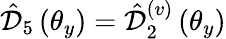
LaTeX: \hat{\mathcal D}_{5}\left(\theta_{y}\right)=\hat{\mathcal D}_{2}^{(v)}\left(\theta_{y}\right)